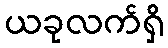
ယခုလက်ရှိ